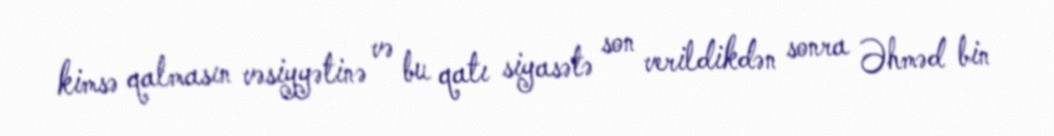
kimsə qalmasın vəsiyyətinə və bu qatı siyasətə son verildikdən sonra Əhməd bin